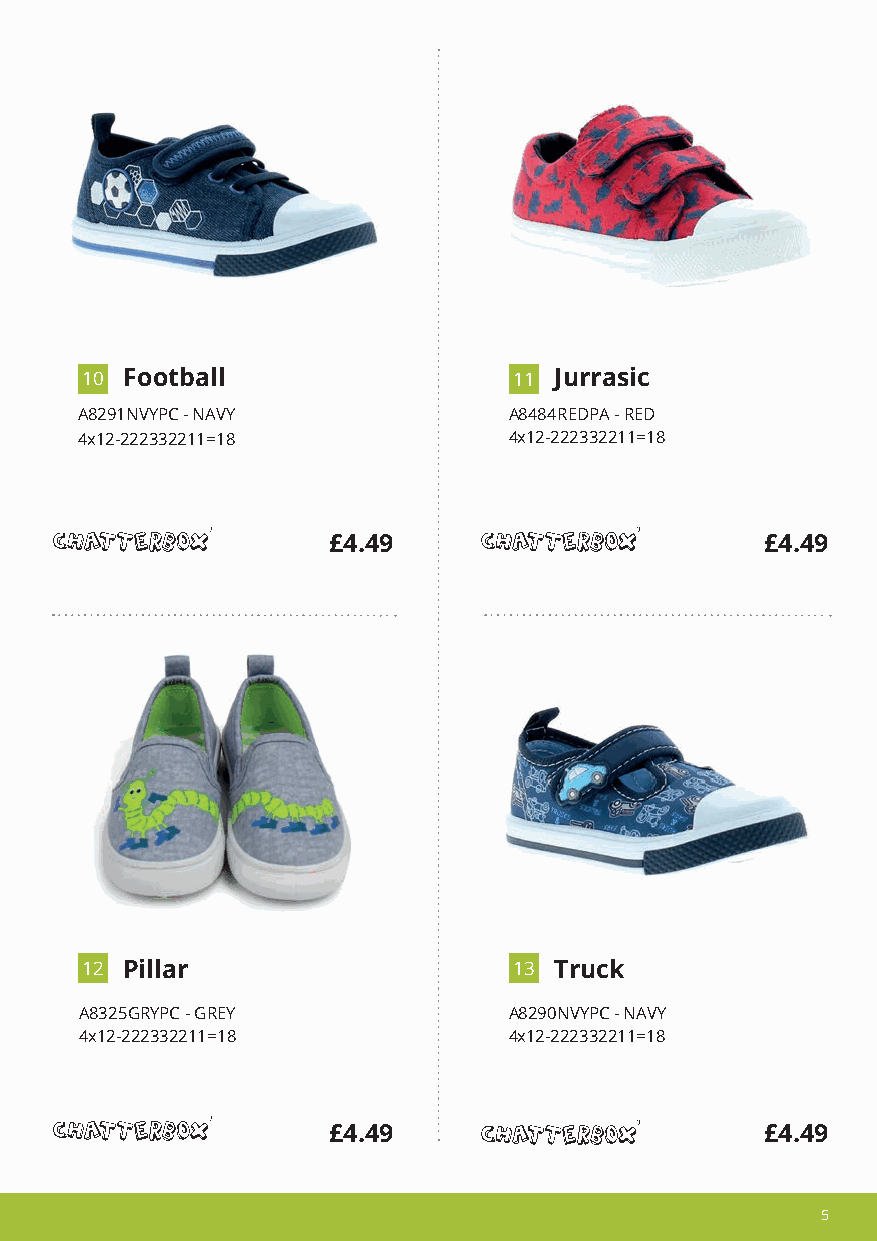
1 0 Football                 1 1 Jurrasic
 A8291NVYPC - NAVY            A8484REDPA - RED
 4x12-222332211=18            4x12-222332211=18
 £4.49                        £4.49
 1 2 Pillar                   1 3 Truck
 A8325GRYPC - GREY            A8290NVYPC - NAVY
 4x12-222332211=18            4x12-222332211=18
 £4.49                        £4.49
 5